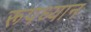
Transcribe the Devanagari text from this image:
रूपध्यान